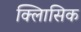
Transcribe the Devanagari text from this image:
क्लािसिक